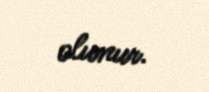
olunur.